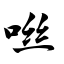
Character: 咝